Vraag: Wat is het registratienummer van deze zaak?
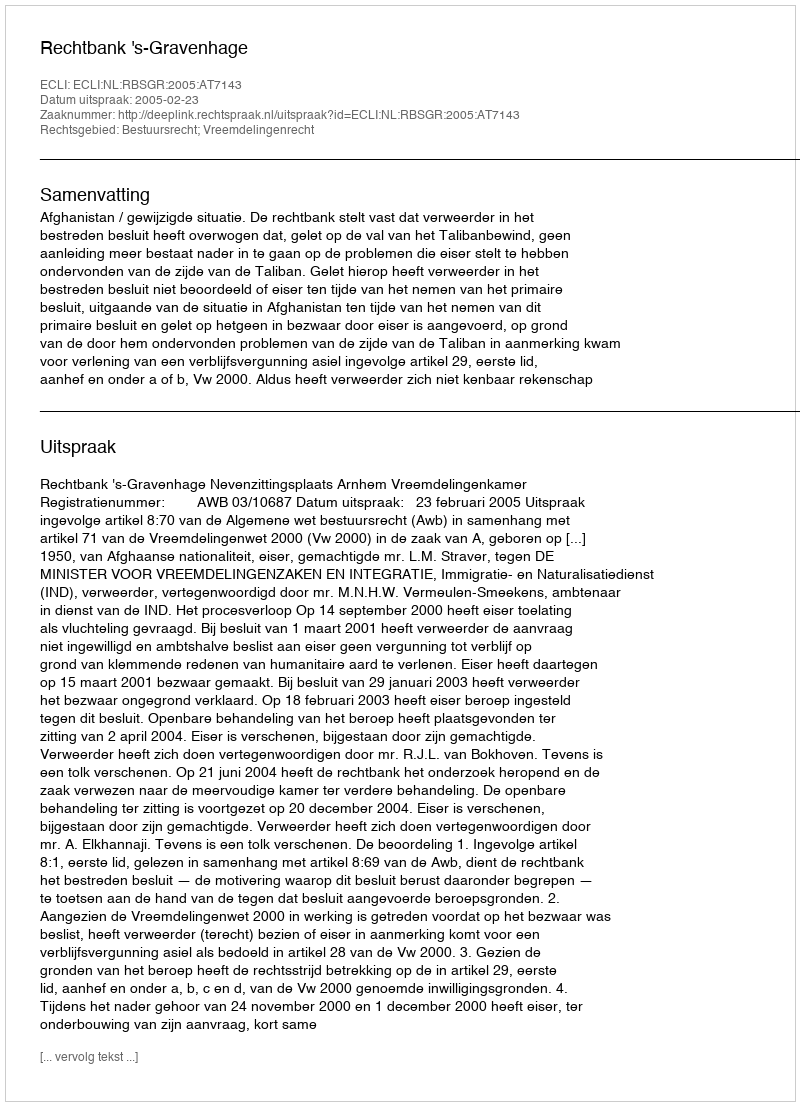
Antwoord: http://deeplink.rechtspraak.nl/uitspraak?id=ECLI:NL:RBSGR:2005:AT7143